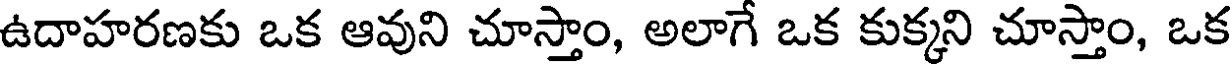
ఉదాహరణకు ఒక ఆవుని చూస్తాం, అలాగే ఒక కుక్కని చూస్తాం, ఒక